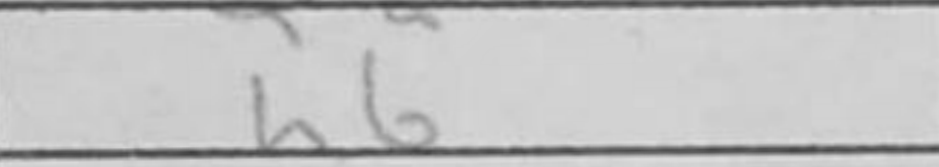
Transcription: h6